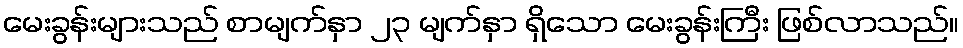
မေးခွန်းများသည် စာမျက်နှာ ၂၃ မျက်နှာ ရှိသော မေးခွန်းကြီး ဖြစ်လာသည်။